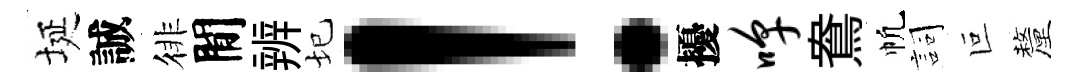
埏誠徘閒辨圮！擾嗥鴦帆詞叵釐